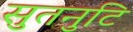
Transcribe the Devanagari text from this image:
सुतनुटि